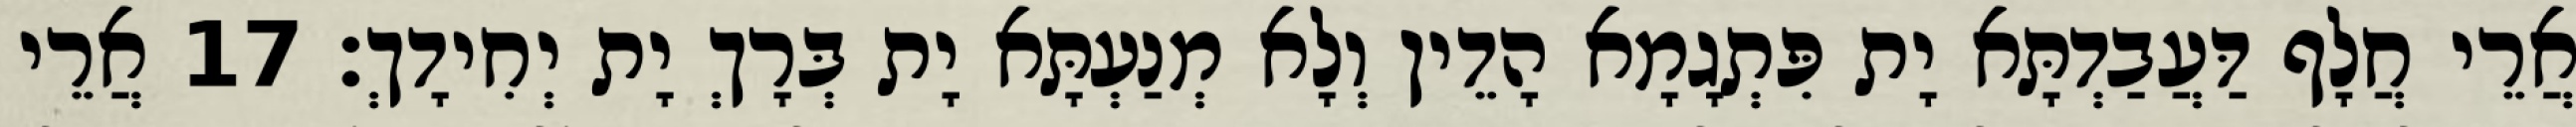
אֲרֵי חֲלָף דַּעֲבַדְתָּא יָת פִּתְגָמָא הָדֵין וְלָא מְנַעְתָּא יָת בְּרָךְ יָת יְחִידָךְ׃ 17 אֲרֵי